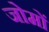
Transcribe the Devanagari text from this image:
जोमों